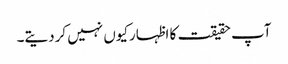
آپ حقیقت کا اظہارکیوں نہیں کردیتے۔